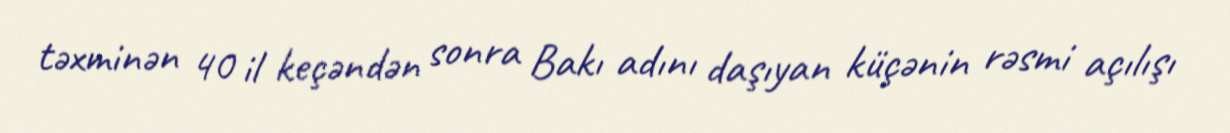
təxminən 40 il keçəndən sonra Bakı adını daşıyan küçənin rəsmi açılışı